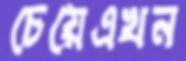
চেয়েএখন